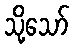
သို့သော်